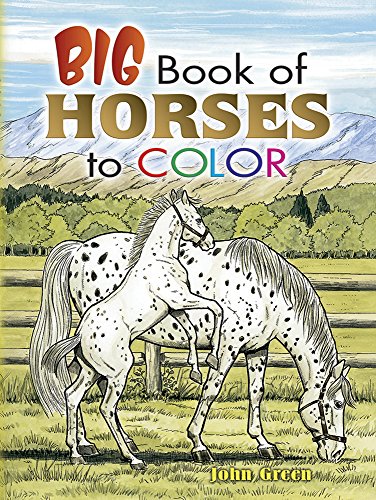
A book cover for Big Book of Horses to Color (Dover Nature Coloring Book); Children's Books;